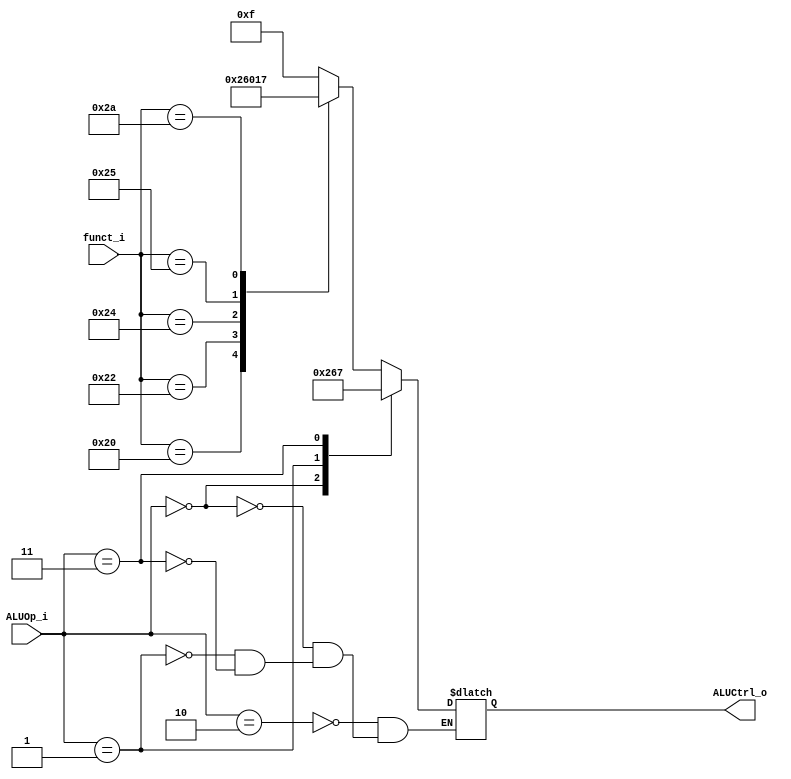
//Subject:     Architecture project 2 - ALU Controller
//--------------------------------------------------------------------------------
//Version:     1
//--------------------------------------------------------------------------------
//Writer:      Zhang Linghao
//----------------------------------------------
//----------------------------------------------
//Description: 
//--------------------------------------------------------------------------------

module ALU_Ctrl(
          funct_i,
          ALUOp_i,
          ALUCtrl_o
          );
          
//I/O ports 
input      [6-1:0] funct_i;
input      [3-1:0] ALUOp_i;

output     [4-1:0] ALUCtrl_o;    

//Internal Signals
reg        [4-1:0] ALUCtrl_o;

//Parameter


//Select exact operation, please finish the following code
always@(funct_i or ALUOp_i) begin
    case (ALUOp_i)
        3'b010: begin
          case (funct_i)
              6'b100000: ALUCtrl_o = 4'b0010; // ADD
              6'b100010: ALUCtrl_o = 4'b0110; // SUB
              6'b100100: ALUCtrl_o = 4'b0000; // AND
              6'b100101: ALUCtrl_o = 4'b0001; // OR
              6'b101010: ALUCtrl_o = 4'b0111; // SLT
              default: ALUCtrl_o = 4'b1111;
          endcase
        end
        // lw, sw, addi
        3'b000: begin
          ALUCtrl_o = 4'b0010; // ADD
        end
        // beq
        3'b001: begin
          ALUCtrl_o = 4'b0110; // SUB
        end
        // slti
        3'b011: begin
          ALUCtrl_o = 4'b0111; // SLT
        end
    endcase
end
endmodule